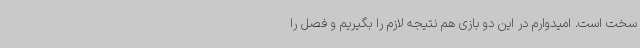
سخت است. امیدوارم در این دو بازی هم نتیجه لازم را بگیریم و فصل را